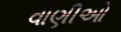
વાણીઓ